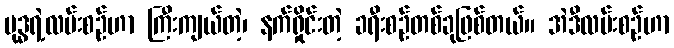
ဗုဒ္ဓရဲ့လမ်းစဉ်ဟာ ကြီးကျယ်တဲ့၊ နက်ရှိုင်းတဲ့ ခရီးစဉ်တစ်ခုဖြစ်တယ်။ အဲဒီလမ်းစဉ်ဟာ